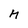
Character: M